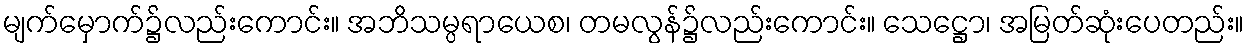
မျက်မှောက်၌လည်းကောင်း။ အဘိသမ္ပရာယေစ၊ တမလွန်၌လည်းကောင်း။ သေဋ္ဌော၊ အမြတ်ဆုံးပေတည်း။